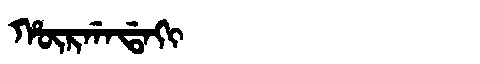
Manchu: ᡥᡡᡵᡤᠠᡩᠠᡴᡳ
Romanization: HŪRGADAKI